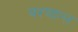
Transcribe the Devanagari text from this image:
चरणान्त